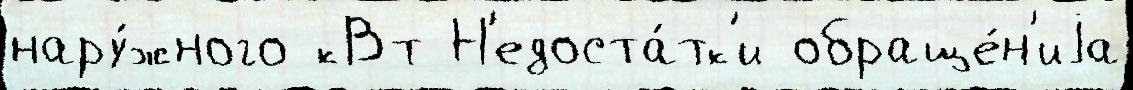
нару́жного кВт Н'едоста́тк'и обраще́н'иjа